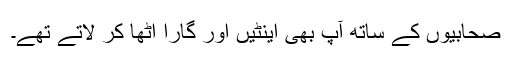
صحابیوں کے ساتھ آپ بھی اینٹیں اور گارا اٹھا کر لاتے تھے۔